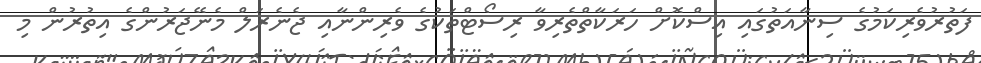
ފަތުރުވެރިކަމުގެ ސިނާއަތުގައި އިސްކޮށް ހަރަކާތްތެރިވާ ރިސޯޓްތަކުގެ ވެރިންނާއި ޖެނެރަލް މެނޭޖަރުންގެ އިތުރުން މި